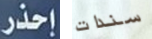
إحذر سندات